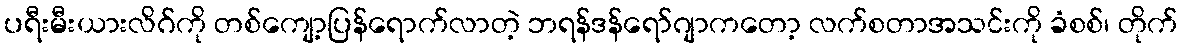
ပရီးမီးယားလိဂ်ကို တစ်ကျော့ပြန်ရောက်လာတဲ့ ဘရန်ဒန်ရော်ဂျာကတော့ လက်စတာအသင်းကို ခံစစ်၊ တိုက်